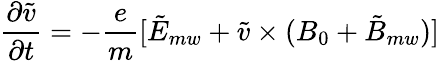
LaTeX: \frac{\partial\tilde{v}}{\partial t}=-\frac{e}{m}[\tilde{{E}}_{mw}+\tilde{{v}}\times({B_{0}}+\tilde{{B}}_{mw})]